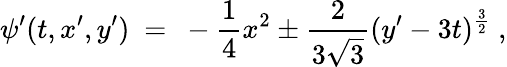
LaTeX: \psi^{\prime}(t,x^{\prime},y^{\prime})\ =\ -\frac 14x^{2}\pm\frac{2}{3\sqrt{3}}(y^{\prime}-3t)^{\frac 32}~,